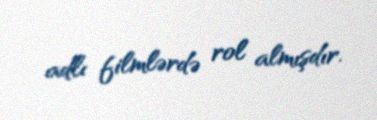
adlı filmlərdə rol almışdır.